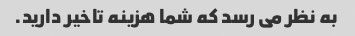
به نظر می رسد که شما هزینه تاخیر دارید.